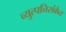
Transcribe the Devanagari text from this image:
व्युत्पत्तिसंकेत